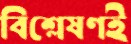
বিশ্লেষণই